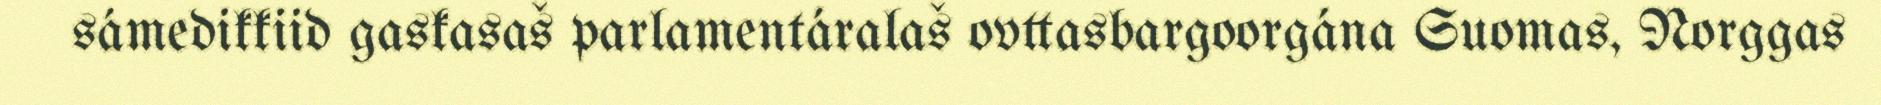
sámedikkiid gaskasaš parlamentáralaš ovttasbargoorgána Suomas, Norggas